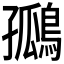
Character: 𪂮